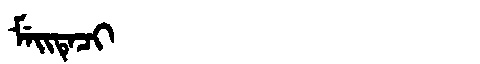
Manchu: ᠮᡝᡳᡨᡝᠴᡳ
Romanization: MEITECI